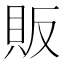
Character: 販